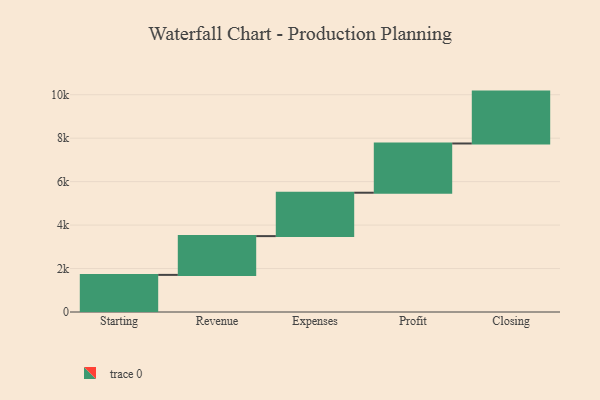
{"axis": {"x": "Step", "y": "Value"}, "legend": [""], "data": [{"x": "Starting", "y": 1708.0, "type": ""}, {"x": "Revenue", "y": 1785.0, "type": ""}, {"x": "Expenses", "y": 1997.0, "type": ""}, {"x": "Profit", "y": 2266.0, "type": ""}, {"x": "Closing", "y": 2388.0, "type": ""}]}